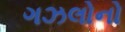
ગઝલોનો